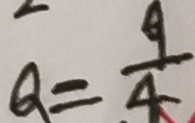
a = \frac { 9 } { 4 }